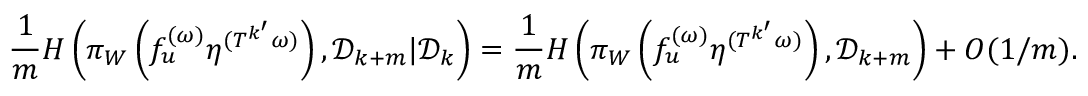
\frac { 1 } { m } H \left( \pi _ { W } \left( f _ { u } ^ { ( \omega ) } \eta ^ { ( T ^ { k ^ { \prime } } \omega ) } \right) , { \mathcal D } _ { k + m } | { \mathcal D } _ { k } \right) = \frac { 1 } { m } H \left( \pi _ { W } \left( f _ { u } ^ { ( \omega ) } \eta ^ { ( T ^ { k ^ { \prime } } \omega ) } \right) , { \mathcal D } _ { k + m } \right) + O ( 1 / m ) .